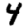
Digit: 4